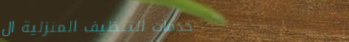
خدمات التنظيف المنزلية ال